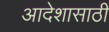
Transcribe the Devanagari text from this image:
आदेशासाठी